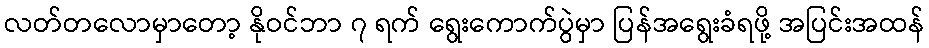
လတ်တလောမှာတော့ နိုဝင်ဘာ ၇ ရက် ရွေးကောက်ပွဲမှာ ပြန်အရွေးခံရဖို့ အပြင်းအထန်